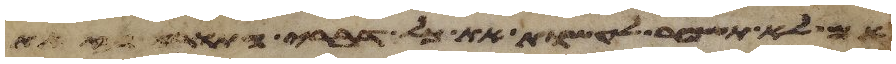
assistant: אם לא תשמר לעשות את כל דברי התורה הזאת